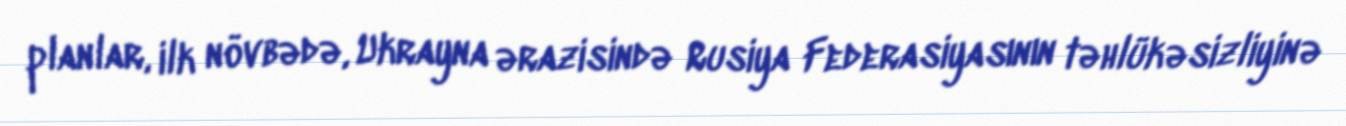
planlar, ilk növbədə, Ukrayna ərazisində Rusiya Federasiyasının təhlükəsizliyinə